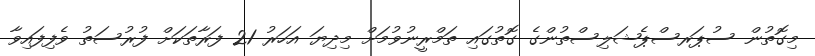
މިގޮތުން ސުޕަރސްޕެޝަލިސްތުންގެ ގޮތުގައި ތަމްރީނުވުމަށް މިދިޔަ އަހަރު 21 ފަރާތަކަށް ފުރުސަތު ވެފިފައިވާ